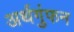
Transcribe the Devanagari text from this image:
अर्थगुंफन